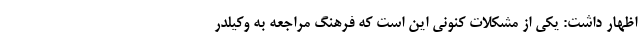
اظهار داشت: یکی از مشکلات کنونی این است که فرهنگ مراجعه به وکیلدر